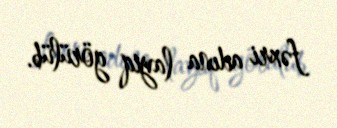
fəxri adına layiq görülüb.